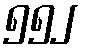
၅၅၂